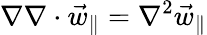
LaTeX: \nabla\nabla\cdot\vec{w}_{\parallel}=\nabla^{2}\vec{w}_{\parallel}